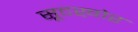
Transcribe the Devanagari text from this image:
सूदख़ोर